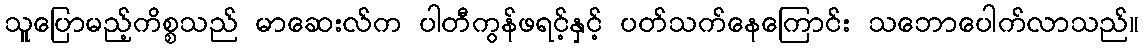
သူပြောမည့်ကိစ္စသည် မာဆေးလ်က ပါတီကွန်ဖရင့်နှင့် ပတ်သက်နေကြောင်း သဘောပေါက်လာသည်။